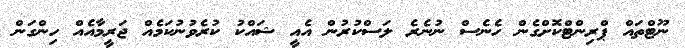
ނޫޓްތައް ޕްރިންޓްކޮށްގެން ހެނެސް ނުނެރެ ލަސްކުރުން އެއީ ޝައްކު ކުރެވުނުކަމެއް ޖަރީމާއެއް ހިންގަން